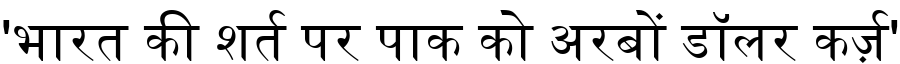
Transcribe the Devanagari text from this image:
'भारत की शर्त पर पाक को अरबों डॉलर कर्ज़'